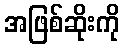
အဖြစ်ဆိုးကို